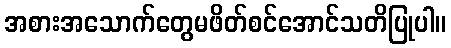
အစားအသောက်တွေမဖိတ်စင်အောင်သတိပြုပါ။